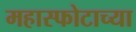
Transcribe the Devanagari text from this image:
महास्फोटाच्या